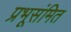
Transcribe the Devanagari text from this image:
प्रभूसंमित